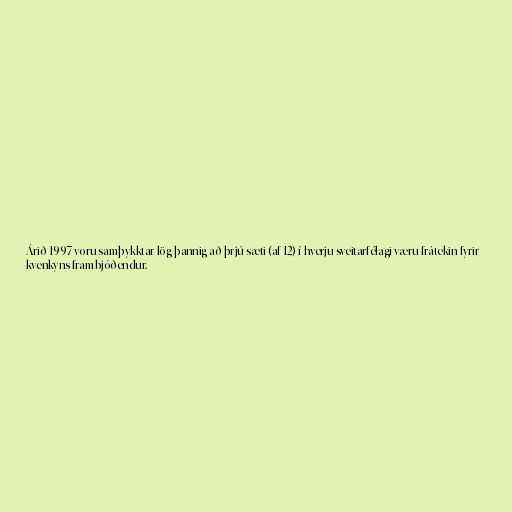
Árið 1997 voru samþykktar lög þannig að þrjú sæti (af 12) í hverju sveitarfélagi væru frátekin fyrir
kvenkyns frambjóðendur.